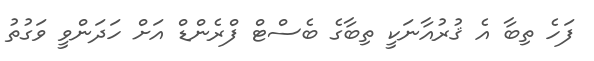
ފަހެ ތިބާ އެ ޤުރުއާނަކީ ތިބާގެ ބެސްޓް ފްރެންޑް އަށް ހަދަންވީ ވަގުތު